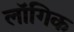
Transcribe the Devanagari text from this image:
लॉगिक